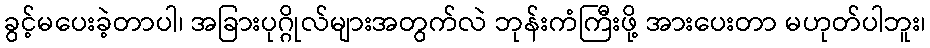
ခွင့်မပေးခဲ့တာပါ၊ အခြားပုဂ္ဂိုလ်များအတွက်လဲ ဘုန်းကံကြီးဖို့ အားပေးတာ မဟုတ်ပါဘူး၊